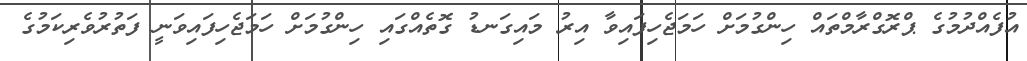
އުފެއްދުމުގެ ޕްރޮގްރާމްތައް ހިންގުމަށް ހަމަޖެހިފައިވާ އިރު މައިގަނޑު ގޮތެއްގައި ހިންގުމަށް ހަމަޖެހިފައިވަނީ ފަތުރުވެރިކަމުގެ